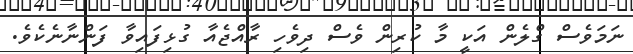
ނަމަވެސް ގްލެން އަކީ މާ ކުރިން ވެސް ދިވެހި ރާއްޖެއާ ގުޅިފައިވާ ފަންނާނެކެވެ.